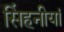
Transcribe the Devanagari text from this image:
सिंहनीयां